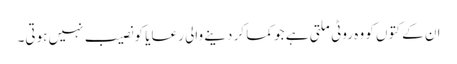
ان کے کتوں کو وہ روٹی ملتی ہے جو کما کر دینے والی رعایا کو نصیب نہیں ہوتی۔